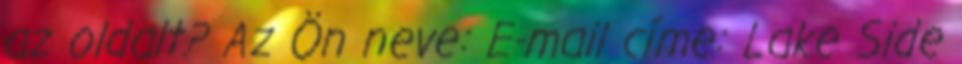
az oldalt? Az Ön neve: E-mail címe: Lake Side